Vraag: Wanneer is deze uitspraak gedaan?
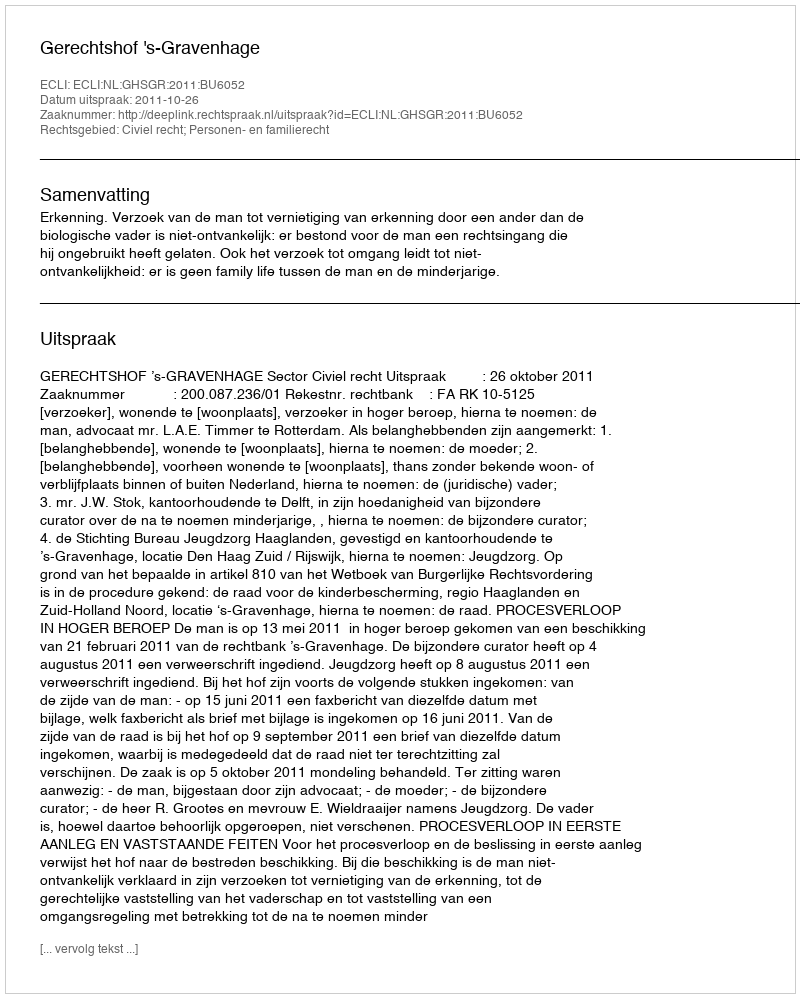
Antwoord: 2011-10-26